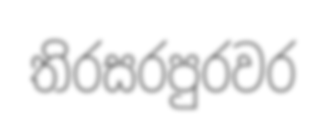
තිරසරපුරවර